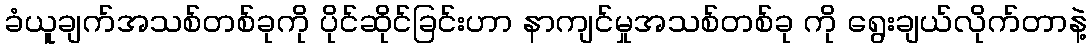
ခံယူချက်အသစ်တစ်ခုကို ပိုင်ဆိုင်ခြင်းဟာ နာကျင်မှုအသစ်တစ်ခု ကို ရွေးချယ်လိုက်တာနဲ့